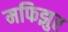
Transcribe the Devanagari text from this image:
मफिझुर